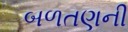
બળતણની